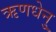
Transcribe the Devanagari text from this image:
ऋणधेनु